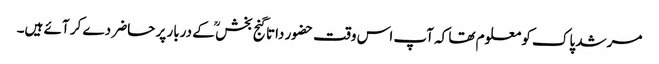
مرشد پاک کو معلوم تھا کہ آپ اس وقت حضور داتا گنج بخش ؒ کے دربار پر حاضر دے کر آئے ہیں۔